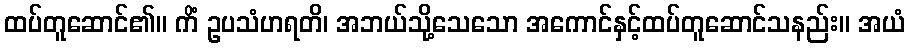
ထပ်တူဆောင်၏။ ကိံ ဥပသံဟရတိ၊ အဘယ်သို့သေသော အကောင်နှင့်ထပ်တူဆောင်သနည်း။ အယံ